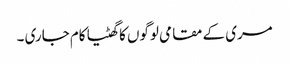
مری کے مقامی لوگوں کا گھٹیا کام جاری ۔